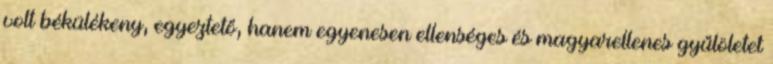
volt békülékeny, egyeztető, hanem egyenesen ellenséges és magyarellenes gyűlöletet